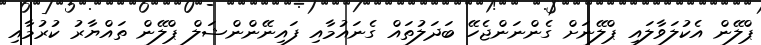
ޕްލޭން އެކުލަވާލައި ޕްލޭނަށް ގެންނަންޖެހޭ ބަދަލުތައް ގެނައުމާއި ފައިނޭންންޝަލް ޕްލޭން ތައްޔާރު ކުރުމާއި